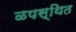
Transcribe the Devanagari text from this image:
ळपस्थित